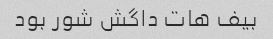
بیف هات داگش شور بود